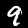
Label: 9